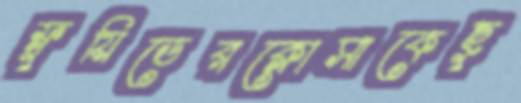
ফ্লুয়িডেরক্লোসাকেছু